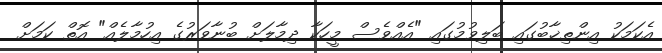
އެކަމަކު އިންތިޚާބުގައި ބަލިވުމުގައި "އެއްވެސް މީހަކާ ދިމާލަށް ބުނާވަރުގެ އިހުމާލެއް" އޮތް ކަމަށް